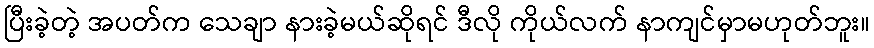
ပြီးခဲ့တဲ့ အပတ်က သေချာ နားခဲ့မယ်ဆိုရင် ဒီလို ကိုယ်လက် နာကျင်မှာမဟုတ်ဘူး။